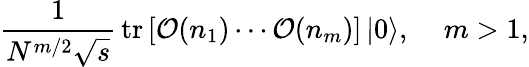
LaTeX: \frac{1}{N^{m/2}\sqrt{s}}\, \mathrm{tr}\left[{\cal O}(n_{1})\cdots{\cal O}(n_{m})\right]\left|0\right\rangle,\: \: \: \: \ m>1,